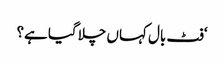
‘فٹ بال کہاں چلا گیا ہے؟